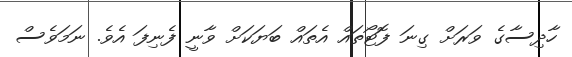
ހާދިސާގެ ވަރަށް ގިނަ ފޮޓޯތައް އެތައް ބަޔަކަށް ވާނީ ފެނިފަ އެވެ. ނަމަވެސް